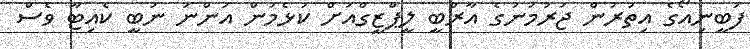
ފަބީނިއޯގެ އިތުރުން ޖަރުމަނުގެ އާރްބީ ލީޕްޒީގްއަށް ކުޅެމުން އަންނަ ނަބީ ކެއިޓާ ވެސް